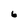
Character: 6